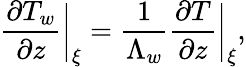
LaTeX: \frac{\partial T_{w}}{\partial z}\bigg\vert_{\xi}=\frac{1}{\Lambda_{w}}\frac{\partial T}{\partial z}\bigg\vert_{\xi},